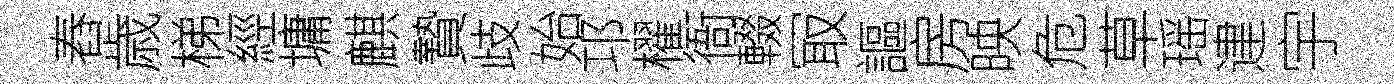
舂歳梯經墉麒贄歧始邛櫂衙輟冣謳房映危草瑶䢖宇